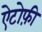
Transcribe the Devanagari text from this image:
ऐटोफ़ी